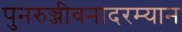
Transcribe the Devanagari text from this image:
पुनरुज्जीवनादरम्यान